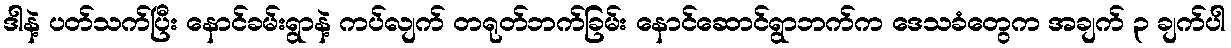
ဒါနဲ့ ပတ်သက်ပြီး နောင်ခမ်းရွာနဲ့ ကပ်လျက် တရုတ်ဘက်ခြမ်း နောင်ဆောင်ရွာဘက်က ဒေသခံတွေက အချက် ၃ ချက်ပါ